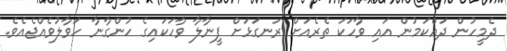
ދެމީހުން ދައްކަމުން އައި ވާހަކަ ތެރެއަށް ރަނގަޅަށް ފީނާލާ ވާހަކައިގެ ހުންގާނާ ހަވާލުވެއްޖެއެވެ.